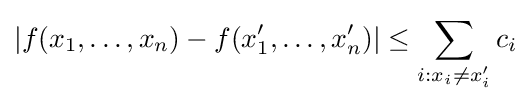
\left|f(x_{1},\ldots ,x_{n})-f(x'_{1},\ldots ,x'_{n})\right|\leq \sum _{i:x_{i}\neq x'_{i}}c_{i}